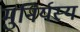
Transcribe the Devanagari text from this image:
मुनिर्यस्य